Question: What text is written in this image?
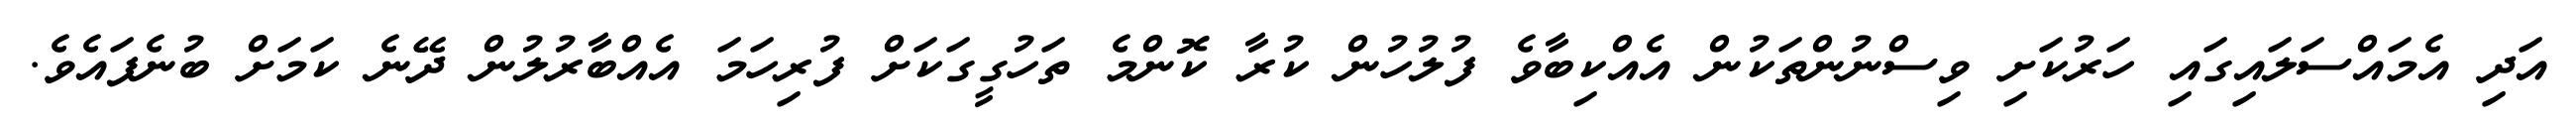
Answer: އަދި އެމައްސަލައިގައި ހަރުކަށި ވިސްނުންތަކުން އެއްކިބާވެ ފުލުހުން ކުރާ ކޮންމެ ތަހުގީގަކަށް ފުރިހަމަ އެއްބާރުލުން ދޭނެ ކަމަށް ބުނެފައެވެ.